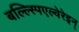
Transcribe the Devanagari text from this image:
बल्ल्स्पिएल्वेरेइन्